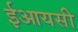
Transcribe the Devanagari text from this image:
ईआयसी